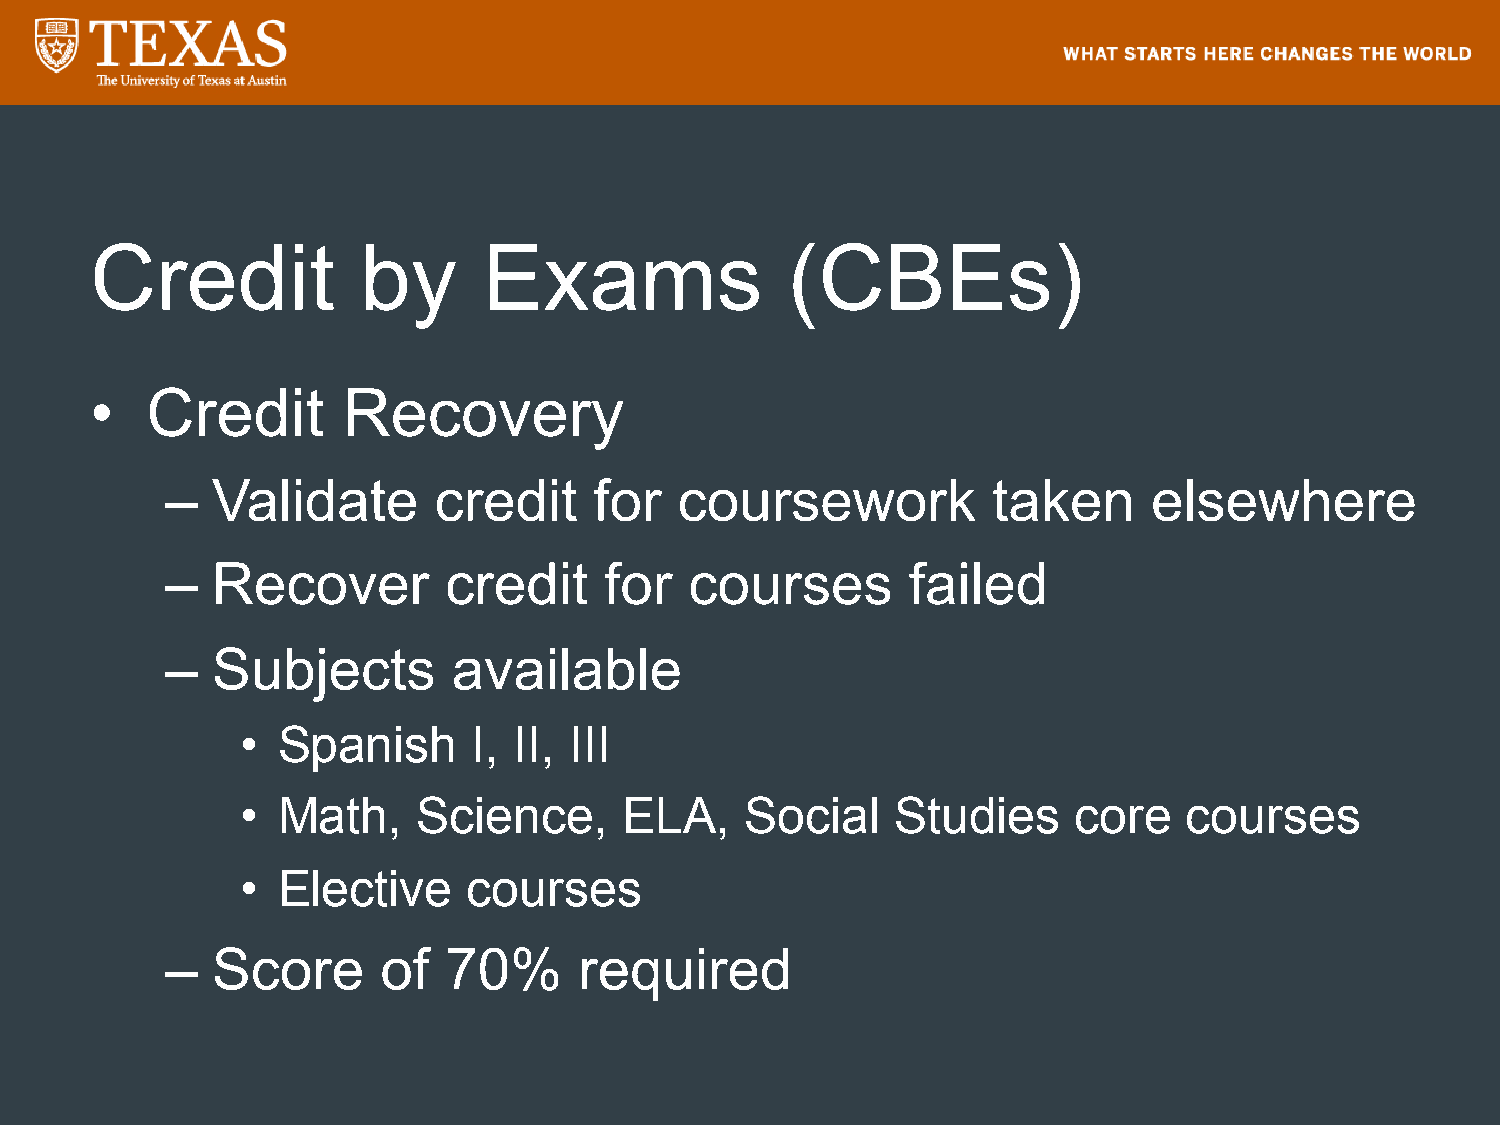
Credit            by      Exams               (CBEs)
 •   Credit       Recovery
 –  Validate       credit    for   coursework           taken     elsewhere
 –  Recover        credit     for   courses       failed
 –  Subjects        available
 • Spanish      I, II, III
 • Math,     Science,     ELA,    Social    Studies     core    courses
 • Elective     courses
 –  Score      of  70%      required